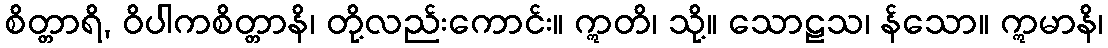
စိတ္တာရိ, ဝိပါကစိတ္တာနိ၊ တို့လည်းကောင်း။ ဣတိ၊ သို့။ သောဠသ၊ န်သော။ ဣမာနိ၊